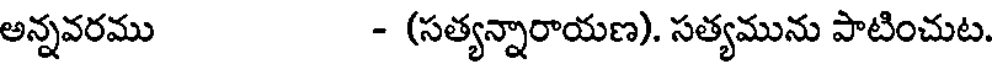
అన్నవరము - (సత్యన్నారాయణ). సత్యమును పాటించుట.